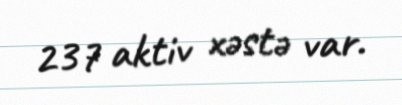
237 aktiv xəstə var.